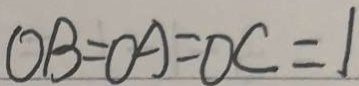
O B = O A = O C = 1